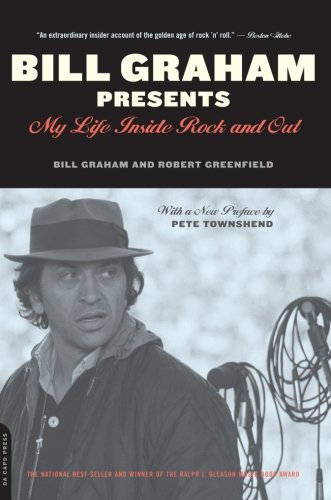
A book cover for Bill Graham Presents: My Life Inside Rock And Out; Bill Graham; Arts & Photography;